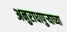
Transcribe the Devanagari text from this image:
अनुराधापुऱ्याच्या